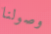
وصولنا